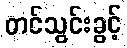
တင်သွင်းခွင့်